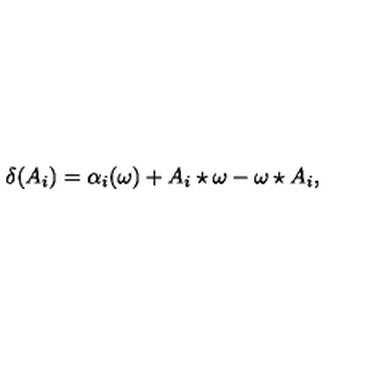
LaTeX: \delta ( A _ { i } ) = \alpha _ { i } ( \omega ) + A _ { i } \star \omega - \omega \star A _ { i } ,